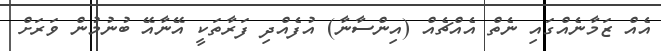
އެއް ޒަމާނެއްގައި ނެތް އެއްޗެއް (އިންސާނާ) އުފެއްދި ފަރާތަކީ އޭނާއޭ ބުނުމުން ވަރަށް